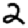
Digit: 2